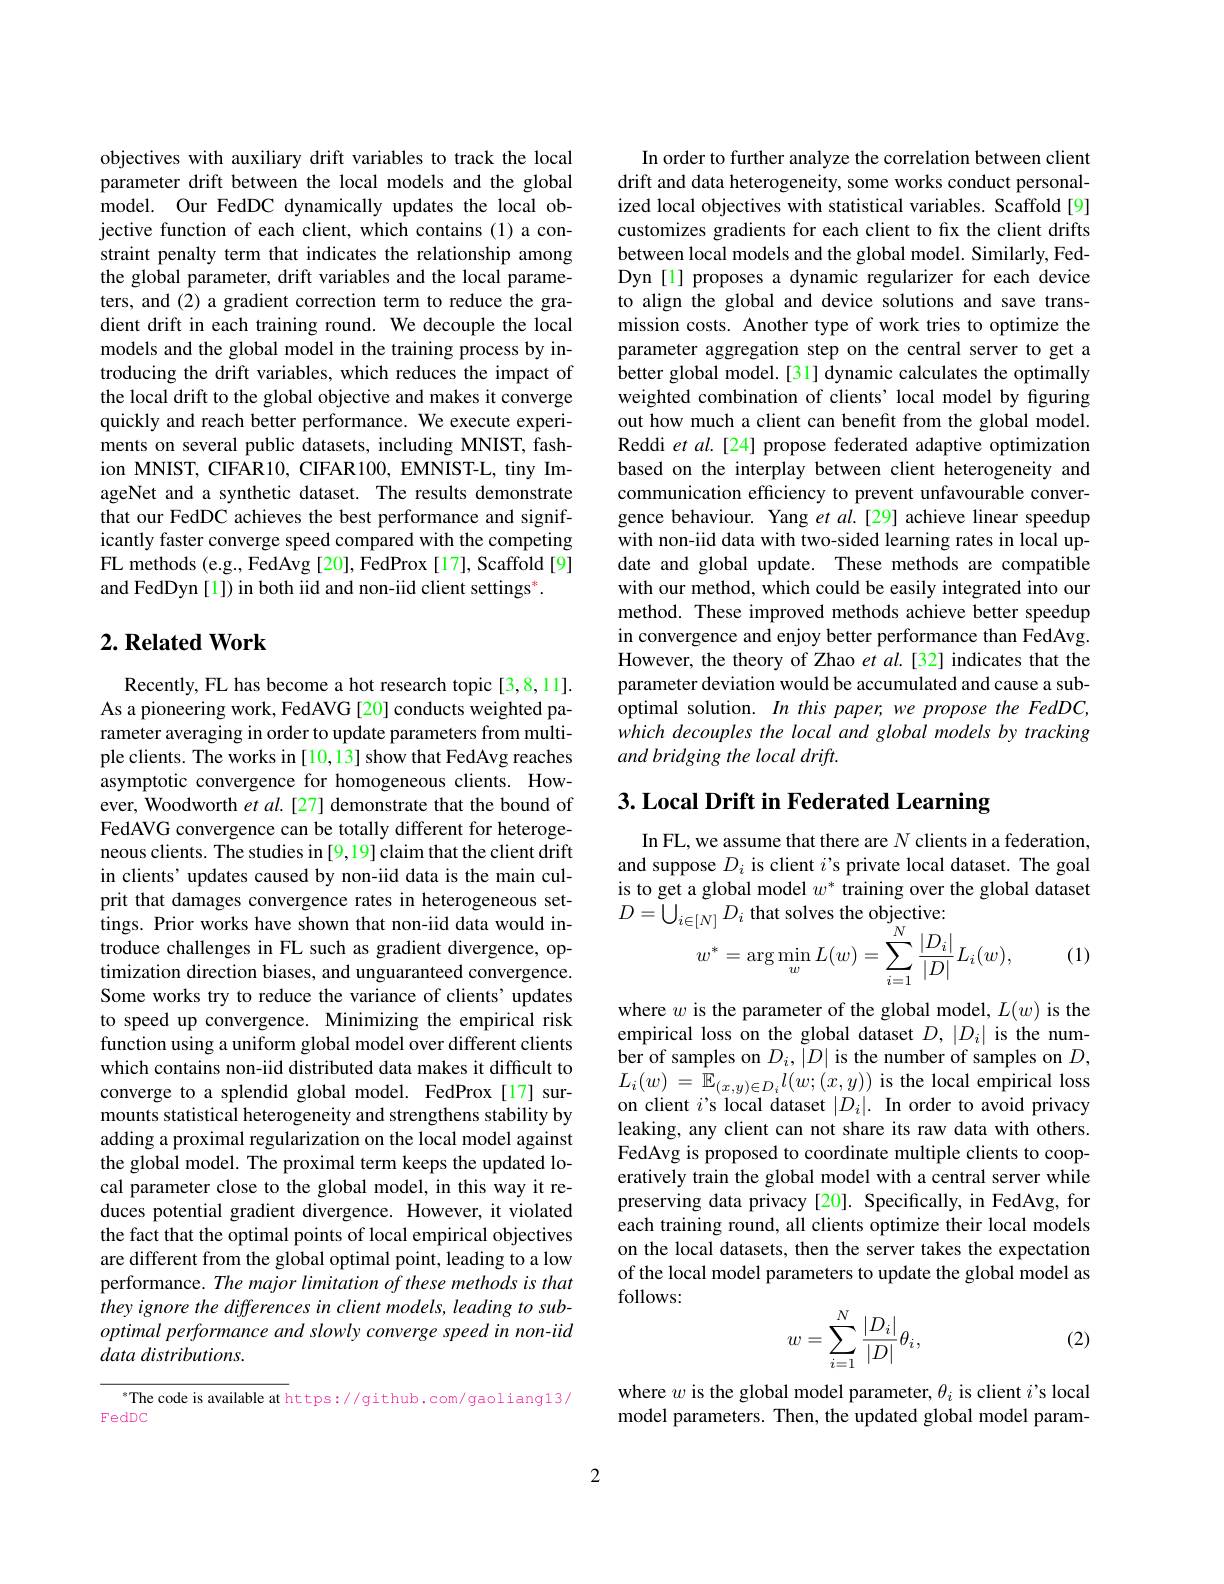
objectives with auxiliary drift variables to track the local parameter drift between the local models and the global model. Our FedDC dynamically updates the local objective function of each client, which contains (1) a constraint penalty term that indicates the relationship among the global parameter, drift variables and the local parameters, and (2) a gradient correction term to reduce the gradient drift in each training round. We decouple the local models and the global model in the training process by introducing the drift variables, which reduces the impact of the local drift to the global objective and makes it converge quickly and reach better performance. We execute experiments on several public datasets, including MNIST, fashion MNIST, CIFAR10, CIFAR100, EMNIST-L, tiny ImageNet and a synthetic dataset. The results demonstrate that our FedDC achieves the best performance and significantly faster converge speed compared with the competing FL methods (e.g., FedAvg [20], FedProx [17], Scaffold [9] and FedDyn [1]) in both iid and non-iid client settings*.

## $2. \textbf{Related Work}$

Recently, FL has become a hot research topic[3,8,11]. As a pioneering work, FedAVG [20] conducts weighted parameter averaging in order to update parameters from multiple clients. The works in [10,13] show that FedAvg reaches asymptotic convergence for homogeneous clients. However, Woodworth et al.[27] demonstrate that the bound of FedAVG convergence can be totally different for heterogeneous clients. The studies in [9,19] claim that the client drift in clients’updates caused by non-iid data is the main culprit that damages convergence rates in heterogeneous settings. Prior works have shown that non-iid data would introduce challenges in FL such as gradient divergence, optimization direction biases, and unguaranteed convergence. Some works try to reduce the variance of clients' updates to speed up convergence. Minimizing the empirical risk function using a uniform global model over different clients which contains non-iid distributed data makes it difficult to converge to a splendid global model. FedProx[17] surmounts statistical heterogeneity and strengthens stability by adding a proximal regularization on the local model against the global model. The proximal term keeps the updated local parameter close to the global model, in this way it reduces potential gradient divergence. However, it violated the fact that the optimal points of local empirical objectives are different from the global optimal point, leading to a low performance. The major limitation of these methods is that they ignore the differences in client models, leading to suboptimal performance and slowly converge speed in non- iid data distributions.

$^{*}$The code is available at https://github.com/gaoliang13/
FedDC

In order to further analyze the correlation between client drift and data heterogeneity, some works conduct personalized local objectives with statistical variables. Scaffold[9] customizes gradients for each client to fix the client drifts between local models and the global model. Similarly, FedDyn [1] proposes a dynamic regularizer for each device to align the global and device solutions and save transmission costs. Another type of work tries to optimize the parameter aggregation step on the central server to get a better global model.[31] dynamic calculates the optimally weighted combination of clients' local model by figuring out how much a client can benefit from the global model. Reddi et al.[24] propose federated adaptive optimization based on the interplay between client heterogeneity and communication efficiency to prevent unfavourable convergence behaviour. Yang et al.[29] achieve linear speedup with non-iid data with two-sided learning rates in local update and global update. These methods are compatible with our method, which could be easily integrated into our method. These improved methods achieve better speedup in convergence and enjoy better performance than FedAvg. However, the theory of Zhao et al.[32] indicates that the parameter deviation would be accumulated and cause a suboptimal solution. In this paper, we propose the FedDC, which decouples the local and global models by tracking and bridging the local drift.

# 3. Local Drift in Federated Learning

In FL, we assume that there are $N$ clients in a federation, and suppose $D_i$ is client $i$'s private local dataset. The goal is to get a global model $w^*$ training over the global dataset
$$\begin{aligned}&\equiv[N]\:D_{i}\:\mathrm{ulat~soivcs~unc~objccuvc.}\\&w^{*}=\arg\min_{w}L(w)=\sum_{i=1}^{N}\frac{|D_{i}|}{|D|}L_{i}(w),\end{aligned}$$
(1)

where $w$ is the parameter of the global model, $L(w)$ is the empirical loss on the global dataset $D,|D_i|$ is the number of samples on $D_i,|D|$ is the number of samples on $D$, $\begin{array}{l}{L_{i}(w)\:=\:\mathbb{E}_{(x,y)\in D_{i}}l(w;(x,y))\:\mathrm{is~the~local~empirical~loss}}\\{\mathrm{on~client~}i’\text{s local dataset}\:|D_{i}|.\:\mathrm{In~order~to~avoid~privacy}}\end{array}$ leaking, any client can not share its raw data with others. FedAvg is proposed to coordinate multiple clients to cooperatively train the global model with a central server while preserving data privacy [20]. Specifically, in FedAvg, for each training round, all clients optimize their local models on the local datasets, then the server takes the expectation of the local model parameters to update the global model as follows:
$$w=\sum_{i=1}^N\frac{|D_i|}{|D|}\theta_i,$$
(2)

where $w$ is the global model parameter, $\theta_i$ is client $i’$s local model parameters. Then, the updated global model param-

2